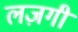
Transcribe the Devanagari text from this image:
लज़गी